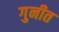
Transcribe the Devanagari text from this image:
गुनीत